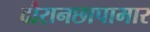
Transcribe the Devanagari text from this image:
दौरानछापामार